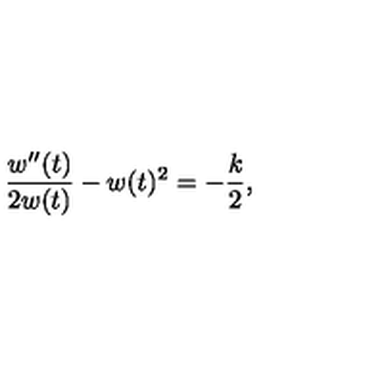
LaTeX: { \frac { w ^ { \prime \prime } ( t ) } { 2 w ( t ) } } - w ( t ) ^ { 2 } = - { \frac { k } { 2 } } ,